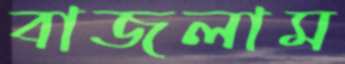
বাজলাম